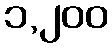
၁,၂၀၀